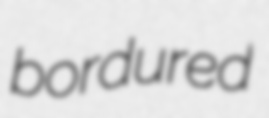
bordured